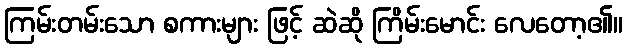
ကြမ်းတမ်းသော စကားများ ဖြင့် ဆဲဆို ကြိမ်းမောင်း လေတော့၏။